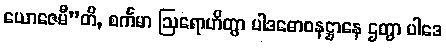
ယောဇေမီ”တိ, စင်္ကမာ ဩရောဟိတွာ ပါဒဓောဝနဋ္ဌာနေ ဌတွာ ပါဒေ